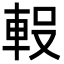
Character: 𮝇